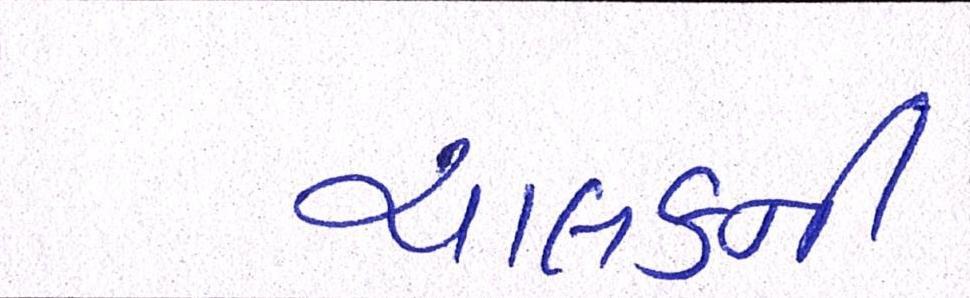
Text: ચાલકની